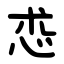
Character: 怷